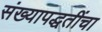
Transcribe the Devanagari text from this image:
संख्यापद्धतींचा